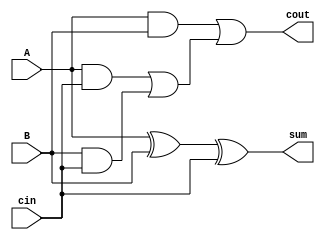
module full_adder_1bit (A, B, cin, cout, sum);

  input A, B, cin;
  output sum, cout;

  assign sum = A ^ B ^ cin;
  assign cout = (A & B) | ((A & cin) | (B & cin));

endmodule